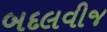
બદલવીજ